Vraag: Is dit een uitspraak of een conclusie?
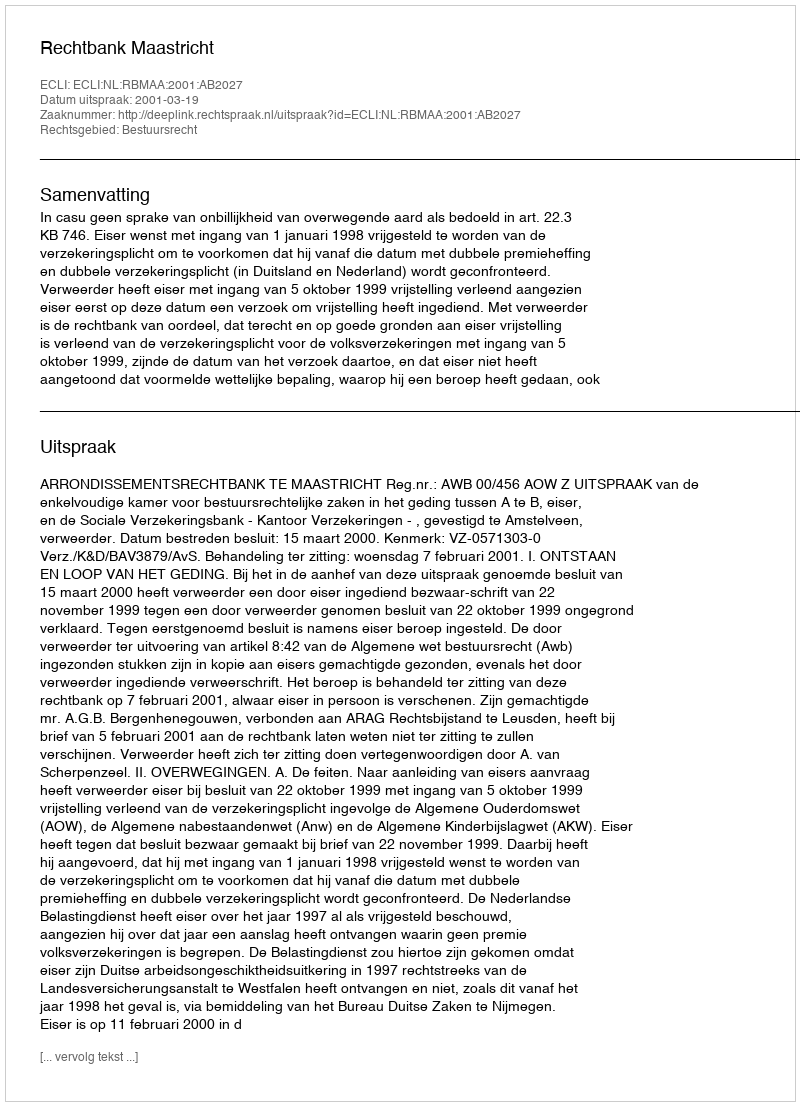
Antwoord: Uitspraak